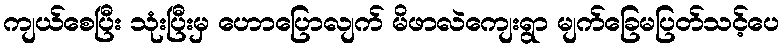
ကျယ်စေပြီး သုံးပြီးမှ ဟောပြောလျက် မိဖာလဲကျေးရွာ မျက်ခြေမပြတ်သင့်ပေ